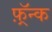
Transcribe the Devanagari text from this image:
फ़्रॅन्क